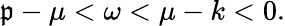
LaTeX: \mathfrak{p}-\mu<\omega<\mu-k<0.